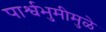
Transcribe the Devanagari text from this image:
पार्श्वभुमीमुळे